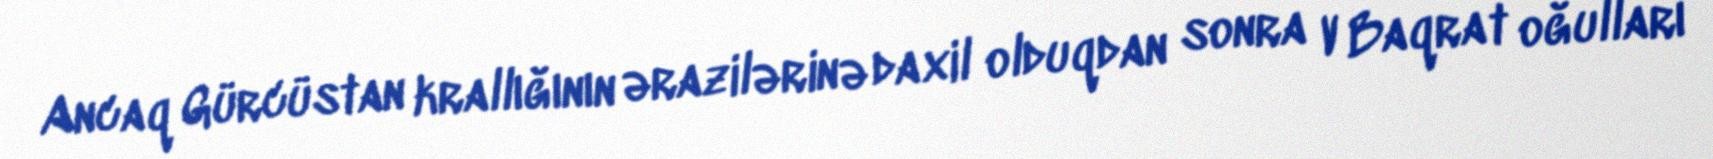
Ancaq Gürcüstan krallığının ərazilərinə daxil olduqdan sonra V Baqrat oğulları